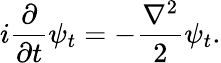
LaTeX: i{\frac{\partial}{\partial t}}\psi_{t}=-{\frac{\nabla^{2}}{2}}\psi_{t}.